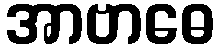
အာဗာဓေ